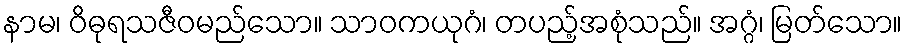
နာမ၊ ဝိဓုရသဇီဝမည်သော။ သာဝကယုဂံ၊ တပည့်အစုံသည်။ အဂ္ဂံ၊ မြတ်သော။